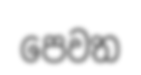
පෙවත